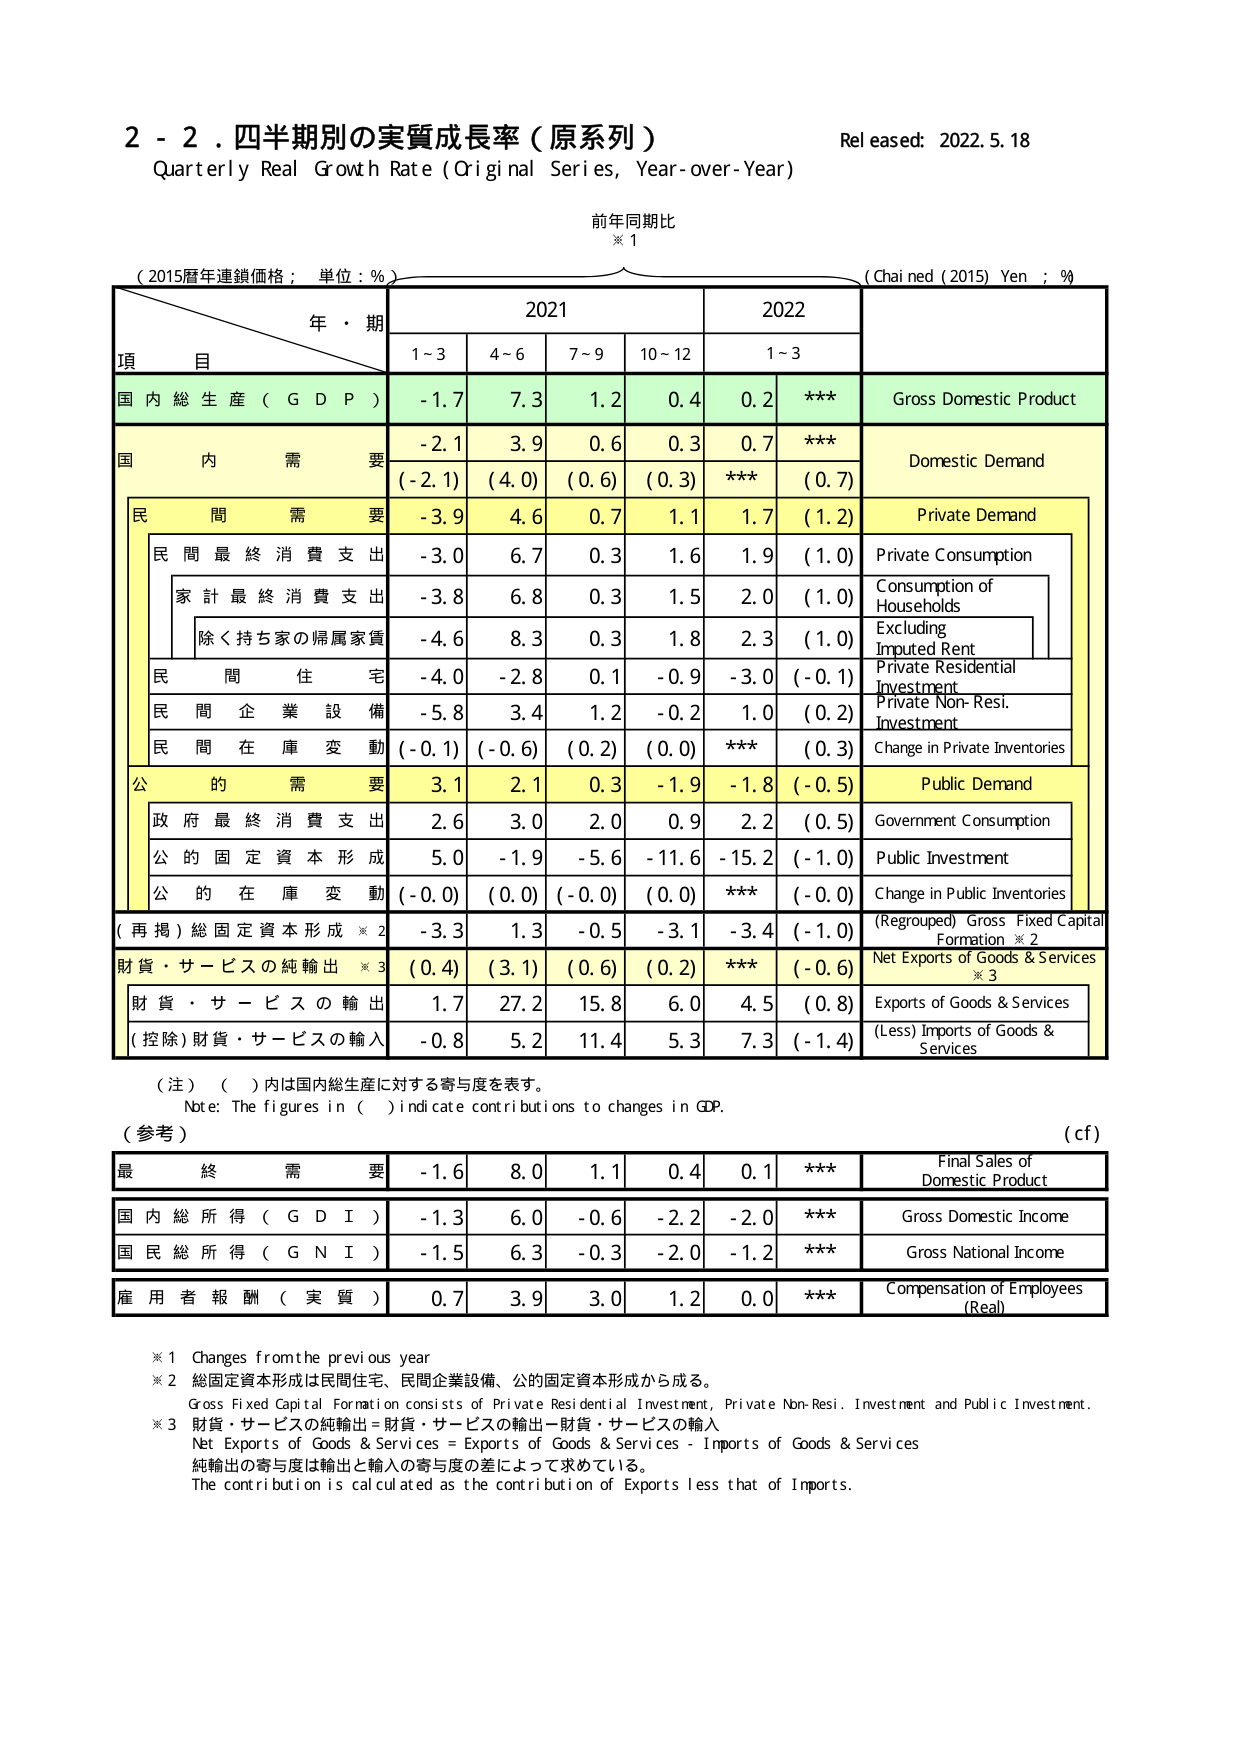
2 - 2. 四半期別の実質成長率（原系列）
Quarterly Real Growth Rate (Original Series, Year-over-Year)
Released: 2022.5.18
前年同期比
※1
（2015暦年連鎖価格；単位：％）
（Chained (2015) Yen ; %）
年・期
2021
2022
項目
1~3
4~6
7~9
10~12
1~3
国内総生産（GDP）
-1.7
7.3
1.2
0.4
0.2
***
Gross Domestic Product
国内需要
-2.1
3.9
0.6
0.3
0.7
***
Domestic Demand
(-2.1)
(4.0)
(0.6)
(0.3)
***
(0.7)
民間需要
-3.9
4.6
0.7
1.1
1.7
(1.2)
Private Demand
民間最終消費支出
-3.0
6.7
0.3
1.6
1.9
(1.0)
Private Consumption
家計最終消費支出
-3.8
6.8
0.3
1.5
2.0
(1.0)
Consumption of Households
除く持ち家の帰属家賃
-4.6
8.3
0.3
1.8
2.3
(1.0)
Excluding Imputed Rent
民間住宅
-4.0
-2.8
0.1
-0.9
-3.0
(-0.1)
Private Residential Investment
民間企業設備
-5.8
3.4
1.2
-0.2
1.0
(0.2)
Private Non-Resi. Investment
民間在庫変動
(-0.1)
(-0.6)
(0.2)
(0.0)
***
(0.3)
Change in Private Inventories
公的需要
3.1
2.1
0.3
-1.9
-1.8
(-0.5)
Public Demand
政府最終消費支出
2.6
3.0
2.0
0.9
2.2
(0.5)
Government Consumption
公的固定資本形成
5.0
-1.9
-5.6
-11.6
-15.2
(-1.0)
Public Investment
公的在庫変動
(-0.0)
(0.0)
(-0.0)
(0.0)
***
(-0.0)
Change in Public Inventories
（再掲）総固定資本形成※2
-3.3
1.3
-0.5
-3.1
-3.4
(-1.0)
(Regrouped) Gross Fixed Capital Formation※2
財貨・サービスの純輸出※3
(0.4)
(3.1)
(0.6)
(0.2)
***
(-0.6)
Net Exports of Goods & Services※3
財貨・サービスの輸出
1.7
27.2
15.8
6.0
4.5
(0.8)
Exports of Goods & Services
(控除)財貨・サービスの輸入
-0.8
5.2
11.4
5.3
7.3
(-1.4)
(Less) Imports of Goods & Services
（注）（ ）内は国内総生産に対する寄与度を表す。
Note: The figures in ( ) indicate contributions to changes in GDP.
（参考）
(cf)
最終需要
-1.6
8.0
1.1
0.4
0.1
***
Final Sales of Domestic Product
国内総所得（GDI）
-1.3
6.0
-0.6
-2.2
-2.0
***
Gross Domestic Income
国民総所得（GNI）
-1.5
6.3
-0.3
-2.0
-1.2
***
Gross National Income
雇用者報酬（実質）
0.7
3.9
3.0
1.2
0.0
***
Compensation of Employees (Real)
※1 Changes from the previous year
※2 総固定資本形成は民間住宅、民間企業設備、公的固定資本形成から成る。
Gross Fixed Capital Formation consists of Private Residential Investment, Private Non-Resi. Investment and Public Investment.
※3 財貨・サービスの純輸出＝財貨・サービスの輸出－財貨・サービスの輸入
Net Exports of Goods & Services = Exports of Goods & Services - Imports of Goods & Services
純輸出の寄与度は輸出と輸入の寄与度の差によって求めている。
The contribution is calculated as the contribution of Exports less that of Imports.